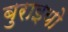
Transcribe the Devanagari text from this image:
बुराइयो